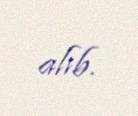
alıb.